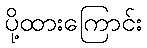
ပို့ထားကြောင်း